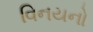
વિનયનો